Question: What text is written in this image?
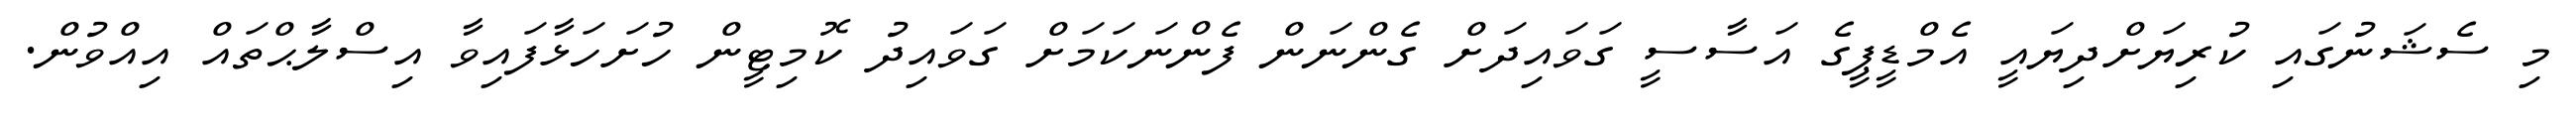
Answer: މި ސެޝަނުގައި ކުރިޔަށްދިޔައީ އެމްޑީޕީގެ އަސާސީ ގަވައިދަށް ގެންނަން ފެންނަކަމަށް ގަވައިދު ކޮމިޓީން ހުށަހަޅާފައިވާ އިސްލާޙްތައް އިއްވުން.